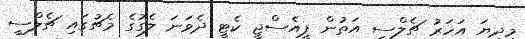
މިދިޔަ އަހަރު ޗެލްސީ އަތުން ޕީއެސްޖީ ކެޓީ ދެވަނަ ލެގުގެ މެޗުގައި ޗެލްސީ